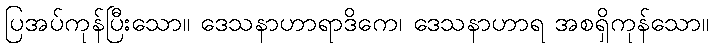
ပြအပ်ကုန်ပြီးသော။ ဒေသနာဟာရာဒိကေ၊ ဒေသနာဟာရ အစရှိကုန်သော။